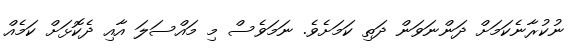
ނުކުރާނެކަމަށް ދަންނަވަން ދަތި ކަމަށެވެ. ނަމަވެސް މި މައްސަލަ އާއި ދެކޮޅަށް ކަމެއް